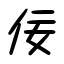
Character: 佞